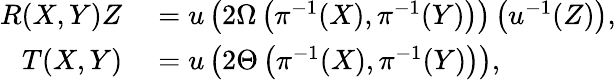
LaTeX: \begin{array}{rl}{R(X,Y)Z}&{{}=u\left(2\Omega\left(\pi^{-1}(X),\pi^{-1}(Y)\right)\right)\left(u^{-1}(Z)\right),}\\ {T(X,Y)}&{{}=u\left(2\Theta\left(\pi^{-1}(X),\pi^{-1}(Y)\right)\right),}\end{array}